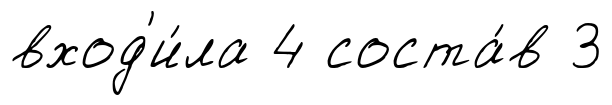
вход'и́ла 4 соста́в 3